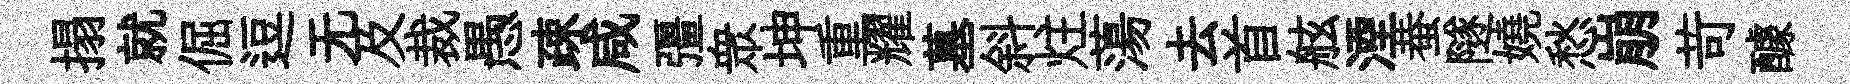
搨就倔逗无及裁愚疎咸彊衆坤重耀墓斜炷蕩去首舷湮蛬隧嬈愁崩苛醵